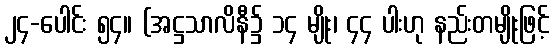
၂၄-ပေါင်း ၅၄။ (အဋ္ဌသာလိနီ၌ ၁၄ မျိုး၊ ၄၄ ပါးဟု နည်းတမျိုးဖြင့်